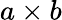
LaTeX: a\times b